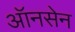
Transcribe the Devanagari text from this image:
ऑनसेन